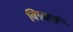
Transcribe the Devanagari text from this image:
विप्रकर्म